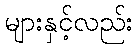
များနှင့်လည်း